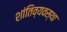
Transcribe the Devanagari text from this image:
शांतिव्यवस्था